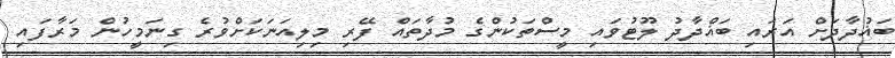
ބަޣުދާދަށް އަރައި ބަޣްދާދު ލޫޓުވައި މީސްތަކުންގެ މުދާތައް ފޭރި މިލިއަނަކަށްވުރެ ގިނަމީހުން މަރާފައި